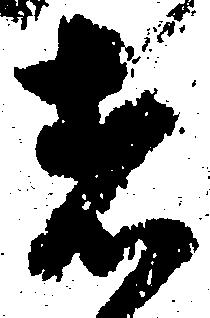
者